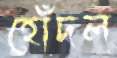
হোঁদল